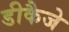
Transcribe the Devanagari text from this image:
डीकैजे